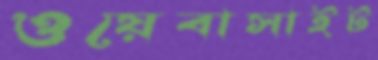
ওয়েবাসাইট